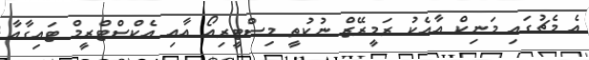
އެ މެޗުގައި މަނިކް އާއެކު ރަމީރޭޒް ނުކުތީ މިސްޓީރިއޯ އާއި އެކްސްޓްރީމް ޓައިގާއާ